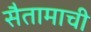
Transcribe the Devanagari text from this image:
सैतामाची